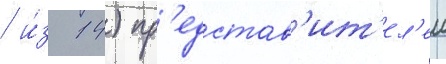
/ и́з 14) пр'едстав'ит'ел'еи